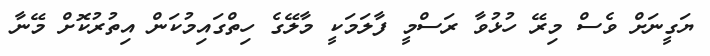
ޔަގީނަށް ވެސް މިރޭ ހުޅުވާ ރަސްމީ ފާލަމަކީ މާލޭގެ ހިތްގައިމުކަން އިތުރުކޮށް މޭނާ